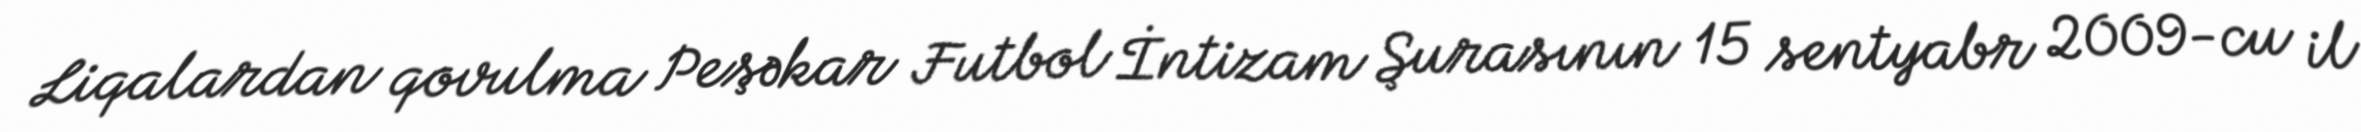
Liqalardan qovulma Peşəkar Futbol İntizam Şurasının 15 sentyabr 2009-cu il